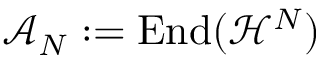
\mathcal { A } _ { N } : = \mathrm { E n d } ( \mathcal { H } ^ { N } )